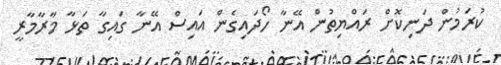
ކުރަމުން ދަނިކޮށް ރައްޔިތުން އޭނާ ހޯދައިގެން އައިސް އޭނާ ގައިގާ ތަޅާ މާރާމާރީ